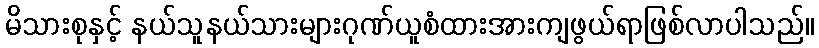
မိသားစုနှင့် နယ်သူနယ်သားများဂုဏ်ယူစံထားအားကျဖွယ်ရာဖြစ်လာပါသည်။